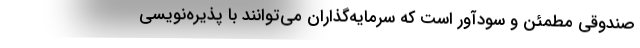
صندوقی مطمئن و سودآور است که سرمایه‌گذاران می‌توانند با پذیره‌نویسی